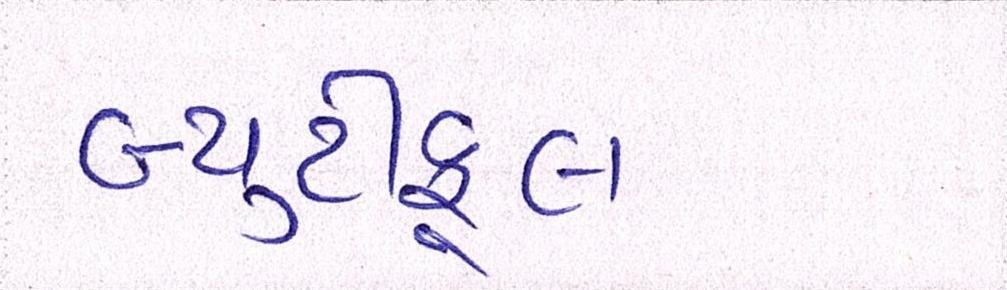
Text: બ્યુટીફૂલ